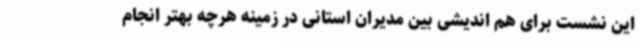
این نشست برای هم اندیشی بین مدیران استانی در زمینه هرچه بهتر انجام